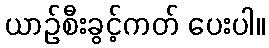
ယာဉ်စီးခွင့်ကတ် ပေးပါ။